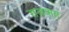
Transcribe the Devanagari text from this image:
राजवात